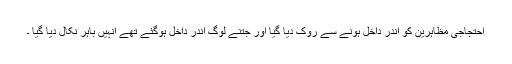
احتجاجی مظاہرین کو اندر داخل ہونے سے روک دیا گیا اور جتنے لوگ اندر داخل ہوگئے تھے انہیں باہر نکال دیا گیا ۔